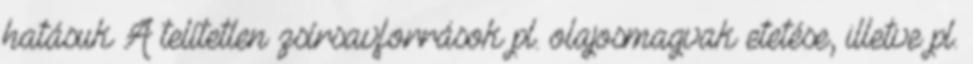
hatásuk A telítetlen zsírsavforrások pl. olajosmagvak etetése, illetve pl.